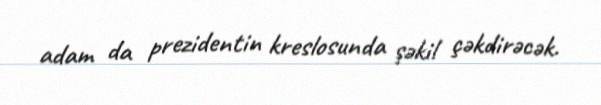
adam da prezidentin kreslosunda şəkil çəkdirəcək.